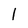
Character: l